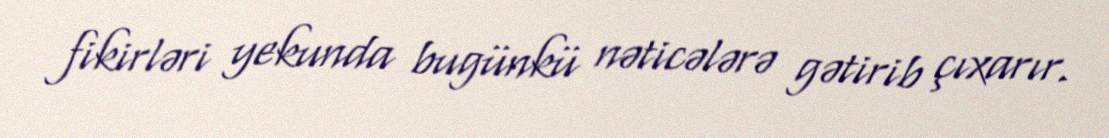
fikirləri yekunda bugünkü nəticələrə gətirib çıxarır.